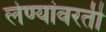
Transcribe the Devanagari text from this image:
लेण्यांवरती